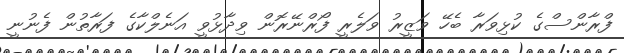
ފްރާންސްގެ ކުޅިވަރާ ބެހޭ ވަޒީރު ވަލެރީ ފޯރްނޭރޮން ވިދާޅުވީ އަނެލްކާގެ ފަރާތުން ފެނުނީ